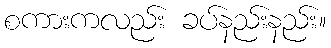
စကားကလည်း ခပ်နည်းနည်း။